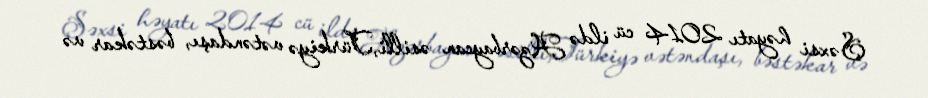
Şəxsi həyatı 2014 cü ildə Azərbaycan əsilli,Türkiyə vətəndaşı, bəstəkar və